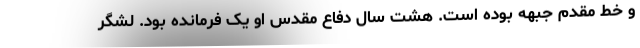
و خط مقدم جبهه بوده است. هشت سال دفاع مقدس او یک فرمانده بود. لشگر